Problem: 2 × 4 = ?
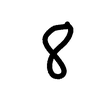
Handwritten answer: 8